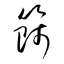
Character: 篩